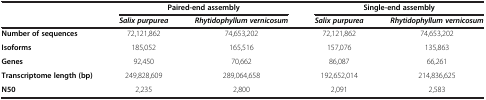
|  | <COLSPAN=2> Paired-end assembly | <COLSPAN=2> Single-end assembly |
 |  | Salix purpurea | Rhytidophyllum vernicosum | Salix purpurea | Rhytidophyllum vernicosum |
 | --- | --- | --- | --- | --- |
 | Number of sequences | 72,121,862 | 74,653,202 | 72,121,862 | 74,653,202 |
 | Isoforms | 185,052 | 165,516 | 157,076 | 135,863 |
 | Genes | 92,450 | 70,662 | 86,087 | 66,261 |
 | Transcriptome length (bp) | 249,828,609 | 289,064,658 | 192,652,014 | 214,836,625 |
 | N50 | 2,235 | 2,800 | 2,091 | 2,583 |